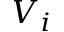
V _ { i }